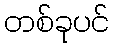
တစ်ခုပင်